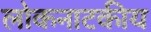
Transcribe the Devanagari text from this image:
लोकनाटकीय